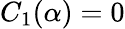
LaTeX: C_{1}(\alpha)=0